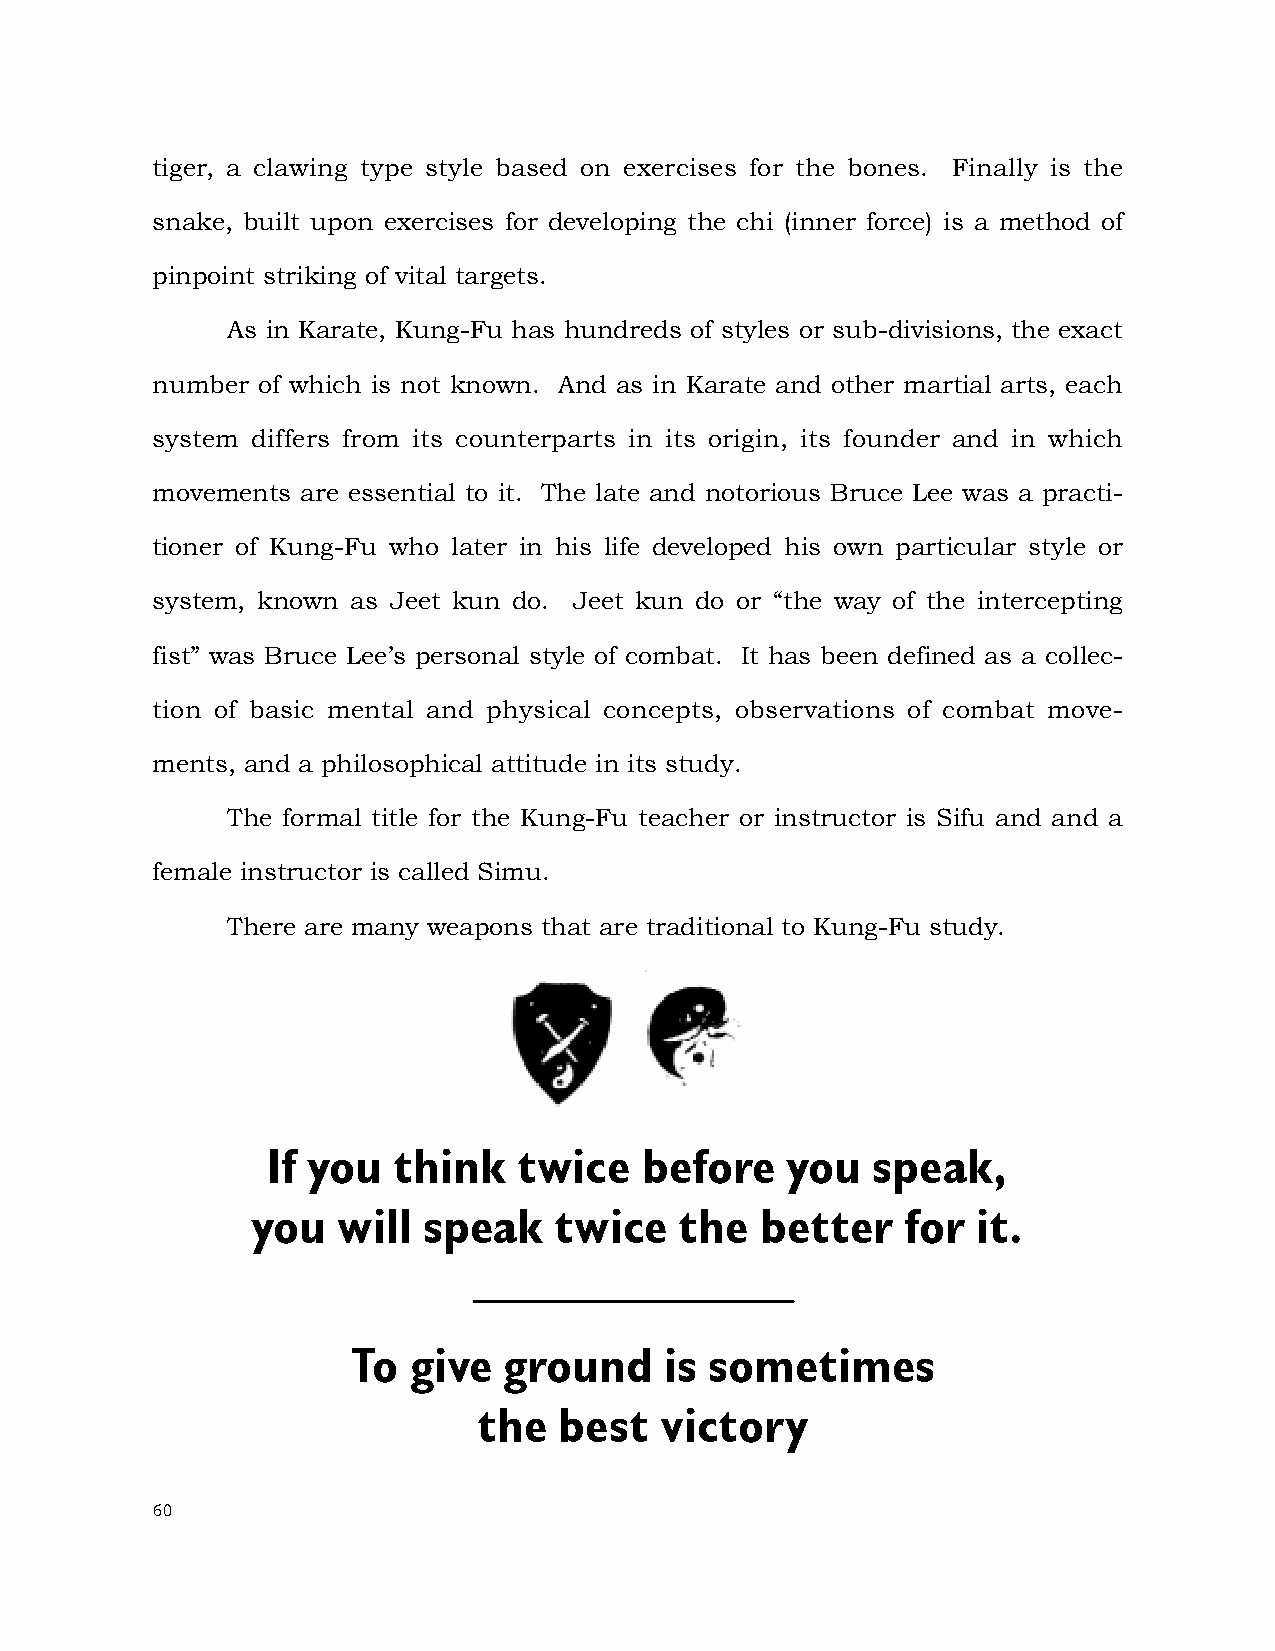
tiger, a clawing type style based on exercises for the bones. Finally is the
 snake, built upon exercises for developing the chi (inner force) is a method of
 pinpoint striking of vital targets.
 As in Karate, Kung-Fu has hundreds of styles or sub-divisions, the exact
 number of which is not known. And as in Karate and other martial arts, each
 system differs from its counterparts in its origin, its founder and in which
 movements are essential to it. The late and notorious Bruce Lee was a practi-
 tioner of Kung-Fu who later in his life developed his own particular style or
 system, known as Jeet kun do. Jeet kun do or “the way of the intercepting
 fist” was Bruce Lee’s personal style of combat. It has been defined as a collec-
 tion of basic mental and physical concepts, observations of combat move-
 ments, and a philosophical attitude in its study.
 The formal title for the Kung-Fu teacher or instructor is Sifu and and a
 female instructor is called Simu.
 There are many weapons that are traditional to Kung-Fu study.
 If you  think   twice   before    you   speak,
 you  will  speak    twice   the  better    for  it.
 To  give  ground     is sometimes
 the  best   victory
 60